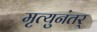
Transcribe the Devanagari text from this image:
मृत्युनंतर्